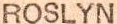
ROSLYN